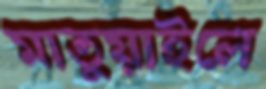
মাতুয়াইলে